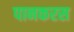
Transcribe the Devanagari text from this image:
पानकरस